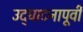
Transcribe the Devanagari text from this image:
उद्‌घाटनापूर्वी